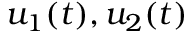
u _ { 1 } ( t ) , u _ { 2 } ( t )